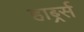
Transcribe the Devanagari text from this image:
हार्ब्र्स